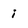
Character: i